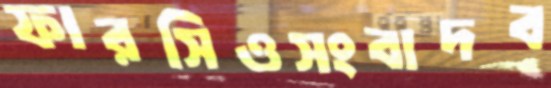
ফারসিওসংবাদব